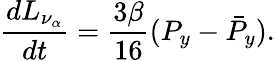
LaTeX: {\frac{dL_{\nu_{\alpha}}}{dt}}={\frac{3\beta}{16}}(P_{y}-\bar{P}_{y}).